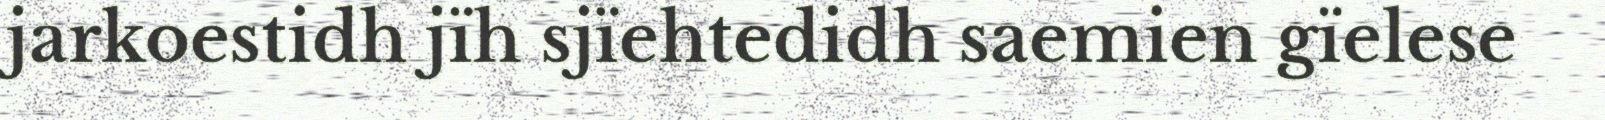
jarkoestidh jïh sjïehtedidh saemien gïelese